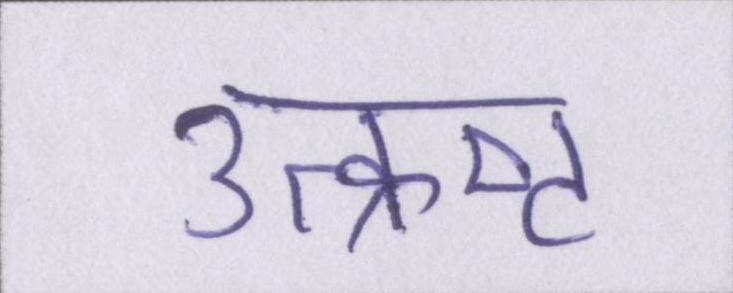
उत्क्रष्ट